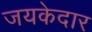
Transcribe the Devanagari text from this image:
जयकेदार